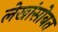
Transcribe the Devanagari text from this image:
लेखांसोबत